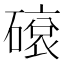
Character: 𥕦